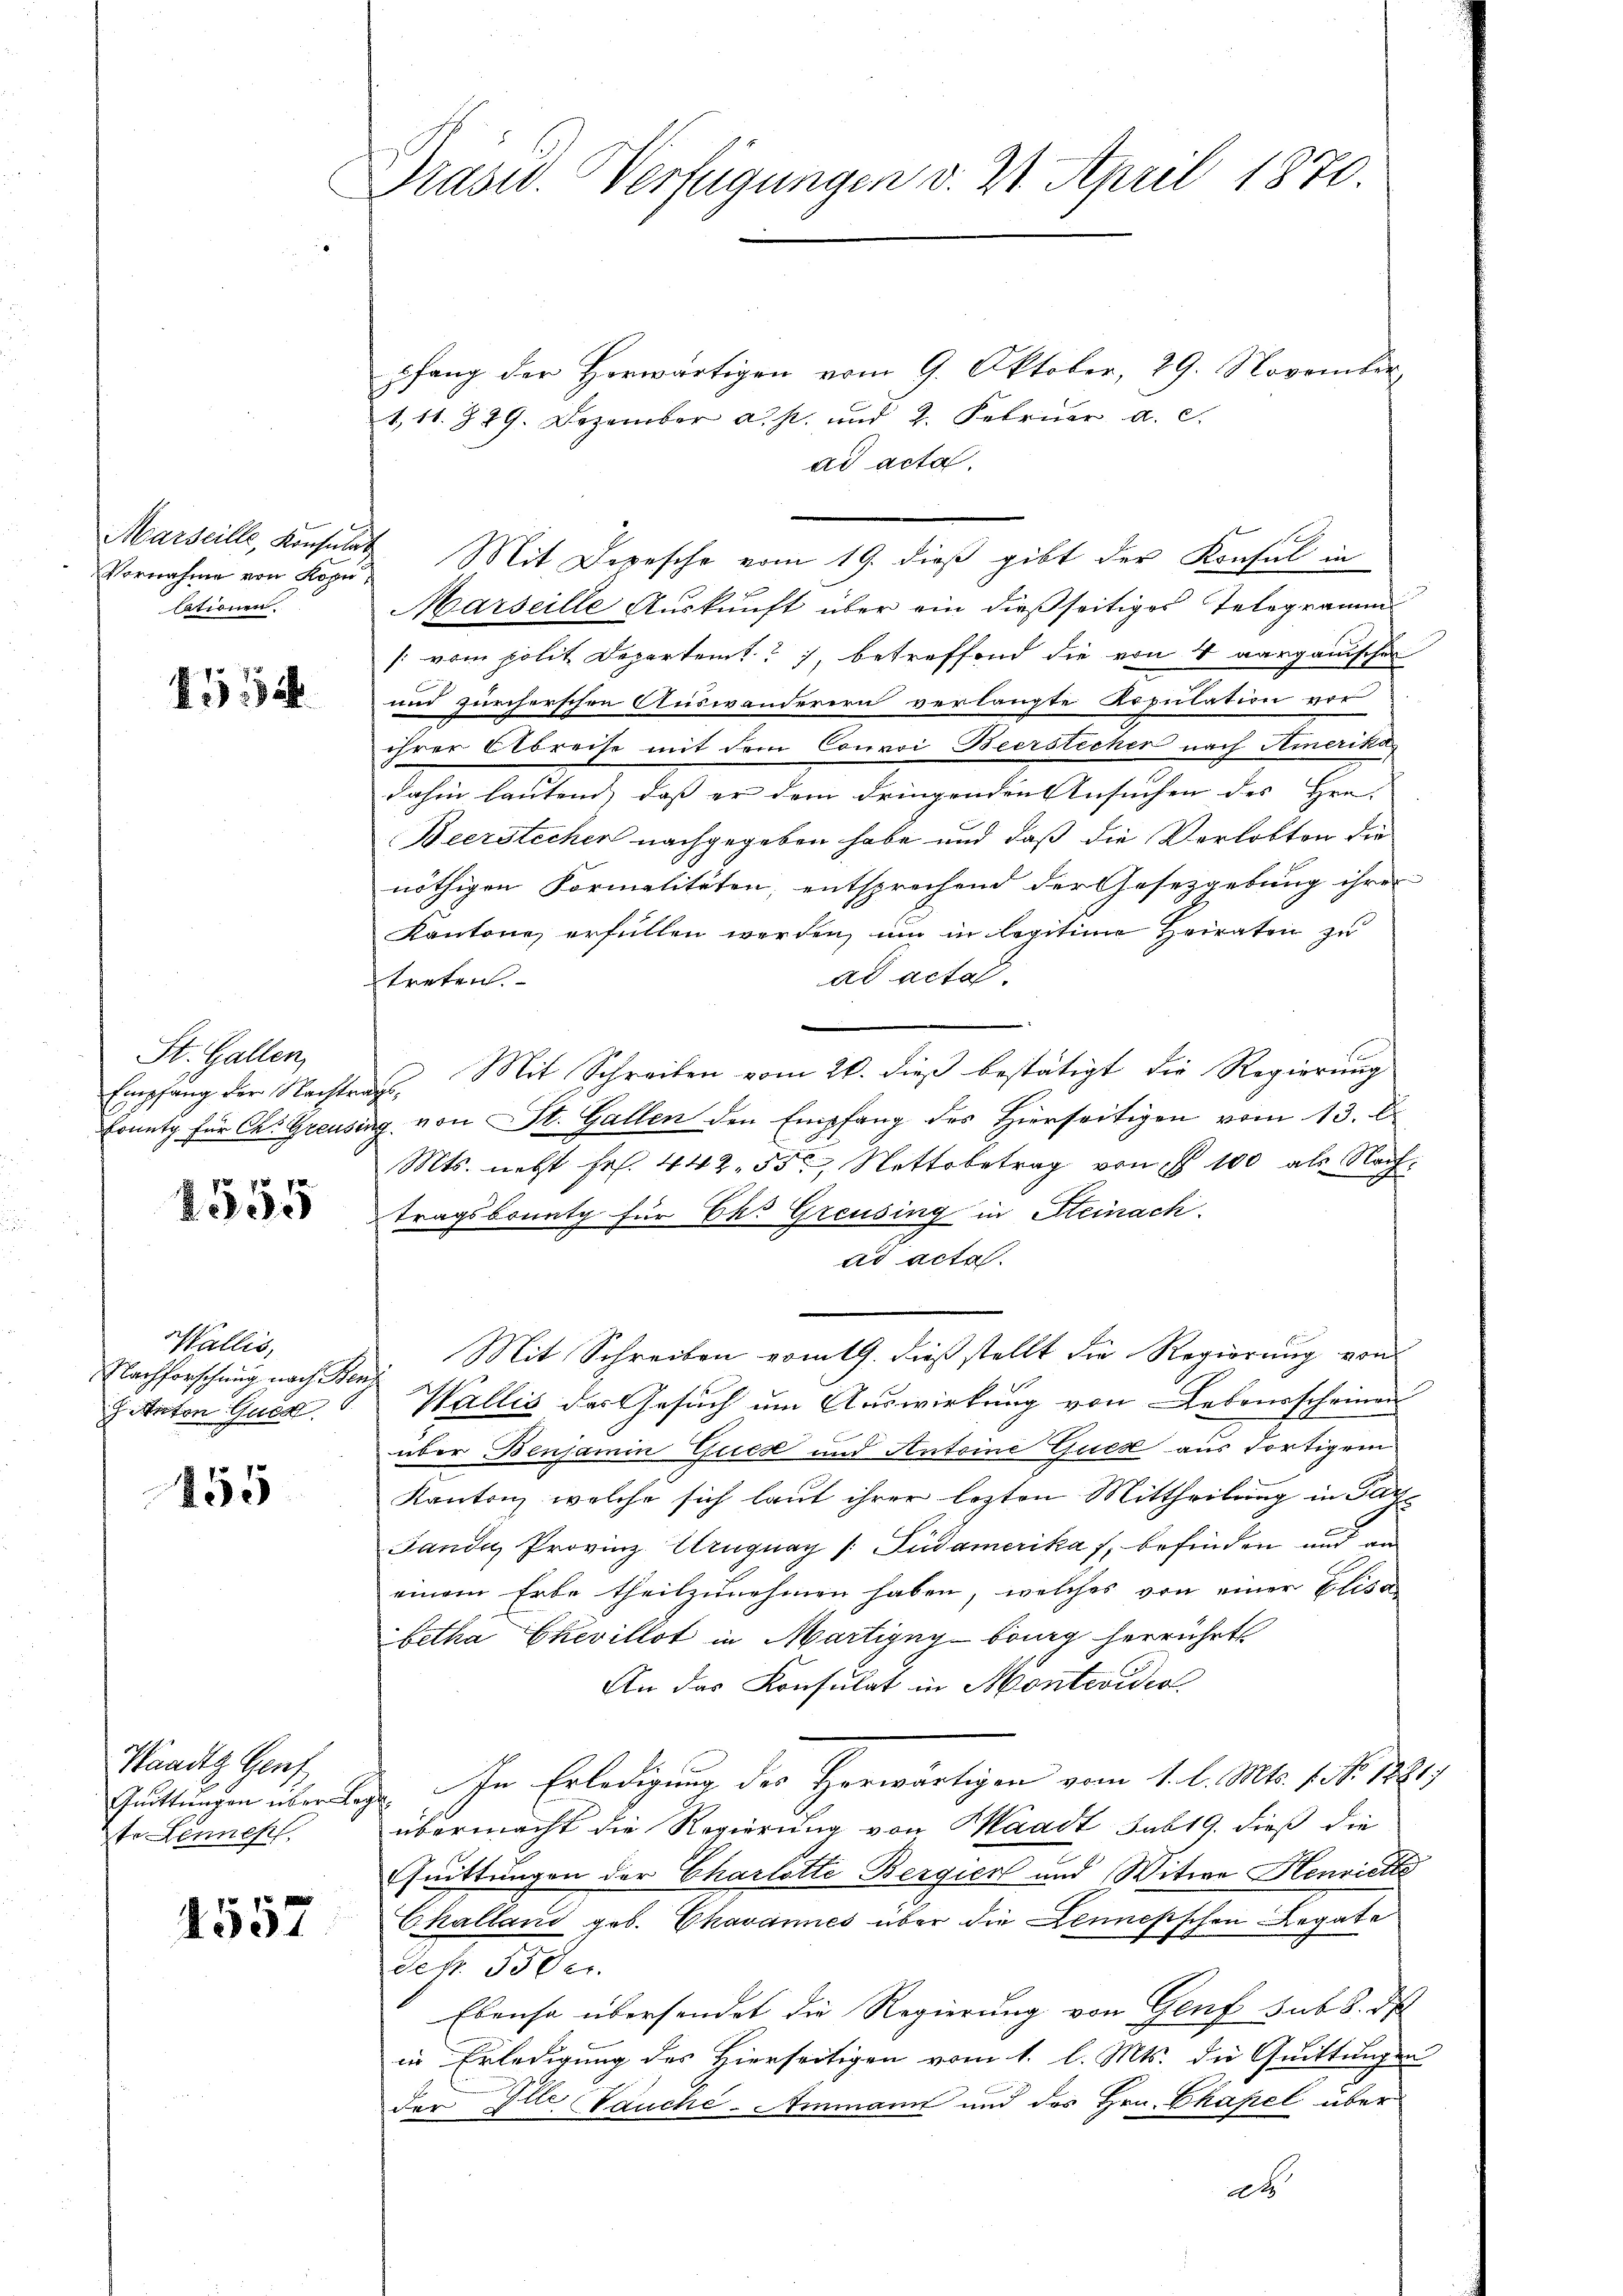
Marseille, Konsulat
Vornahme von Kopu
lationen.

34

St. Gallen,
Empfang der Nachte
Eonutg für Ch. Greust

2 x
Reide

Wallis,
Nachforschung nach Ben
 Anton Guta

455

Waadt Genf
Quittungen über Lotr Lennepf

1557

Prasw. Verfügungen d. 21. April 1870.

pfang der Herwärtigen vom 9. Oktober, 29. November
1,11. 329. Dezember a. p. und 2. Februar a. c.
ad acta.
Mit Depesche vom 19. dieß gibt der Konsul in
Marseille Auskunft über ein dießseitiges Telegramm
/: vom polit. Departemt, betreffend die von 4 aargauischen
und zürcherschen Auswanderern verlangte Kopulation vor
ihrer Abreise mit dem Convoi Beerstecher nach Amerika
dahin lautend, dass er dem dringenden Ansuchen des Hrn.
Beerstecher nachgegeben habe und daß die Verlobten die
nöthigen Formalitäten entsprechend der Gesetzgebung ihrer
Kantone erfüllen werden, um in legitime Heiraten zu
ad acta.
treten.
e
Mit Schreiben vom 20. dieß bestätigt die Regierung
f
g. von St. Gallen den Empfang des Hierseitigen vom 13. D
Mts. nebst Fr. 442. 55, Nettsbetrag von § 100 als Nachtragsbonatz für Ehr Greusing in Steinach.
ad acta.
Mit Schreiben vom 19. dieß stellt die Regierung von
Wallis des Gesuch um Auswirkung von Lebensscheinen
über Benjamin Guics und Antoine Gues aus dortigem
Kanton, welche sich laut ihrer lezten Mittheilung in Gar¬
Jande Provinz Uruguay /: Südamerikas, befinden und an
einem Erbe theilzunehmen haben, welches von einer Elisa-
betha Ekevillot in Martigny-burg herrührt
An das Konsulat in Monteviden
In Erledigung des Herwärtigen vom 1. l. Mts. 1. No. 18817
übermacht die Regierung von Waadt sub 19. dieß die
Quittungen der Charlotte Bergien und Witwe Henriette
Ckalland geb. Chavannes über die Lennesischen Legate
der. 350er
Ebenso übersendet die Regierung von Genf sub 8. d
in Erledigung des Hierseitigen vom 1. l. Mts. die Quittungen
der Elle. Tauche-Ammann und des Hrn. Chapel über
at